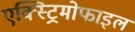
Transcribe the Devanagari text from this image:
एक्स्ट्रिमोफाइल